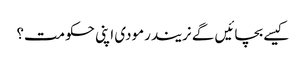
کیسے بچائیں گے نریندرمودی اپنی حکومت؟